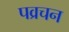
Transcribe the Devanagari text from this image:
पव्रचन